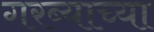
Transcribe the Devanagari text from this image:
गरब्याच्या